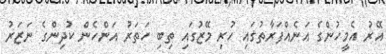
އޭރު އެމީހުންގެ އަނެއްފަރާތުގައި ހުރި މޭޒުގައި ތިބި ހަތަރު އަންހެން ކުދިންގެ ނަޒަރު